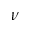
\nu